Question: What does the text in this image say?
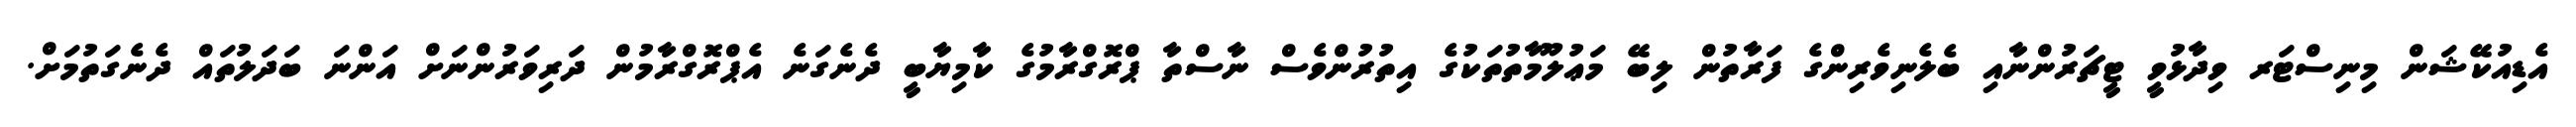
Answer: އެޑިއުކޭޝަން މިނިސްޓަރ ވިދާޅުވީ ޓީޗަރުންނާއި ބެލެނިވެރިންގެ ފަރާތުން ލިބޭ މަޢުލޫމާތުތަކުގެ އިތުރުންވެސް ނާސްތާ ޕްރޮގްރާމުގެ ކާމިޔާބީ ދެނެގަނެ އެޕްރޮގްރާމުން ދަރިވަރުންނަށް އަންނަ ބަދަލުތައް ދެނެގަތުމަށް.